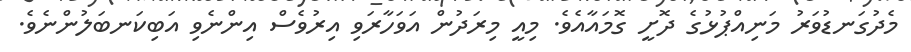
މެދުގަނޑުވަރު މަނިއްޕުޅުގެ ދޮށީ ގޮމައާއެވެ. މިއީ މިރަދުން އަވަހާރަވި އިރުވެސް އިންނެވި އަބިކަނބަލުންނެވެ.